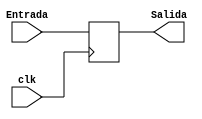
`timescale 1ns/1ns

module PC(
    input clk,
    input [31:0]Entrada,
    output reg [31:0]Salida


);
initial begin
    Salida = 32'h00000000;
end

always@(posedge clk)
begin
    Salida = Entrada;
end

endmodule